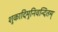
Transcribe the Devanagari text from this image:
शुकादिमुनिवन्दितम्